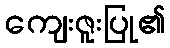
ကျေးဇူးပြု၏